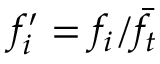
f _ { i } ^ { \prime } = f _ { i } / \bar { f } _ { t }